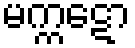
မက္ကဋော